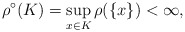
\begin{align*}{ \rho^{\circ}(K) } = { \sup_{x \in K} \rho(\{ x \}) } < { \infty },\end{align*}